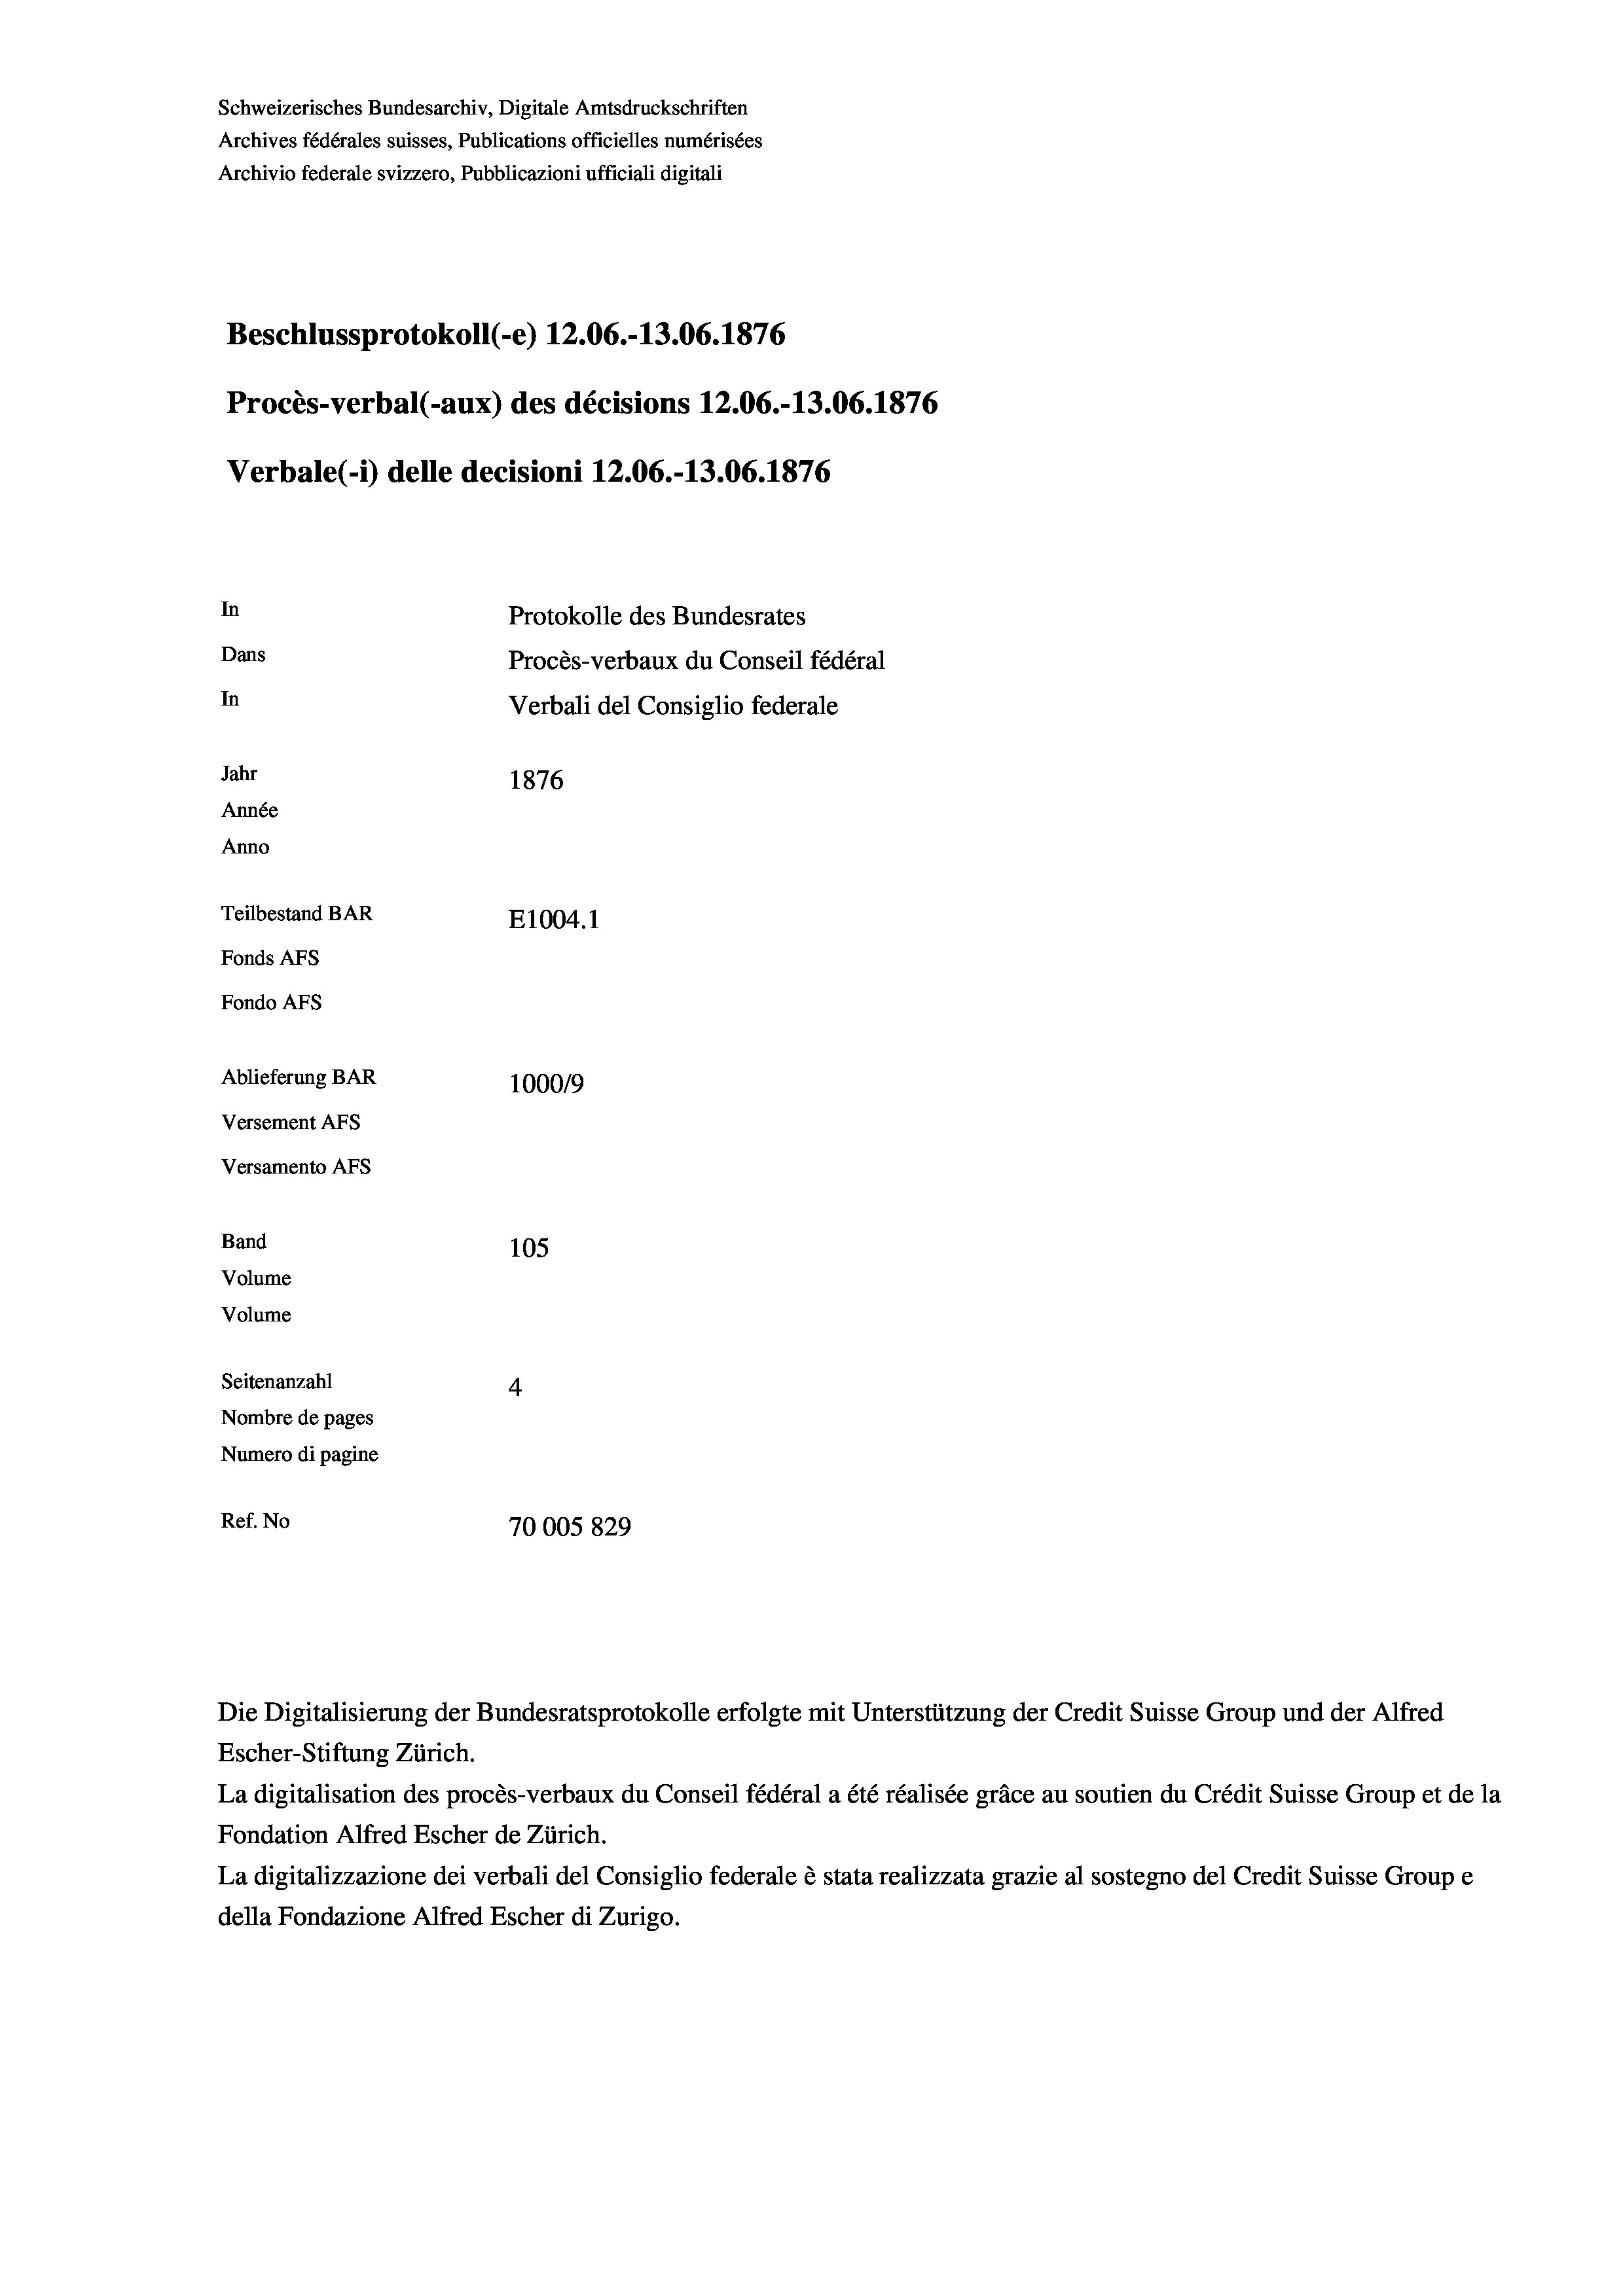
Schweizerisches Bundesarchiv, Digitale Amtsdruckschriften
Archives fédérales suisses, Publications officielles numérisées
Archivio federale svizzero, Pubblicazioni ufficiali digitali
Beschlussprotokoll (-e) 12.06.-13.06. 1876
Procès-verbal (-aux) des décisions 12.06.-13.06. 1876
Verbale (- 1) delle decisioni 12.06.-13.06. 1876
In
Protokolle des Bundesrates
Dans
Procès-verbaux du Conseil fédéral
In
Verbali del Consiglio federale
Jahr
1876
Année
Anno
Teilbestand BAR
E1004. 1
Fonds AFs
Fondo Afs
Ablieferung BAR
100019
Versement AFs
Versamento AFs
Band
105
Volume
Volume
Seitenanzahl
4
Nombre de pages
Numero di pagine
Ref. No
70005829

Escher-Stiftung Zürich.
La digitalisation des procès-verbaux du Conseil fédéral a été réalisée gräce au soutien du Crédit Suisse Group et de la
Fondation Alfred Escher de Zürich.
La digitalizzazione dei verbali del Consiglio federale è stata realizzata grazie al sostegno del Credit Suisse Groupe
della Fondazione Alfred Escher di Zurigo.

Die Digitalisierung der Bundesratsprotokolle erfolgte mit Unterstützung der Credit Suisse Group und der Alfred